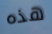
هذه